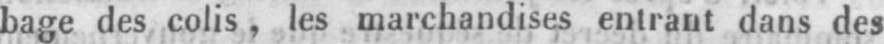
bage des colis, les marchandises entrant dans des